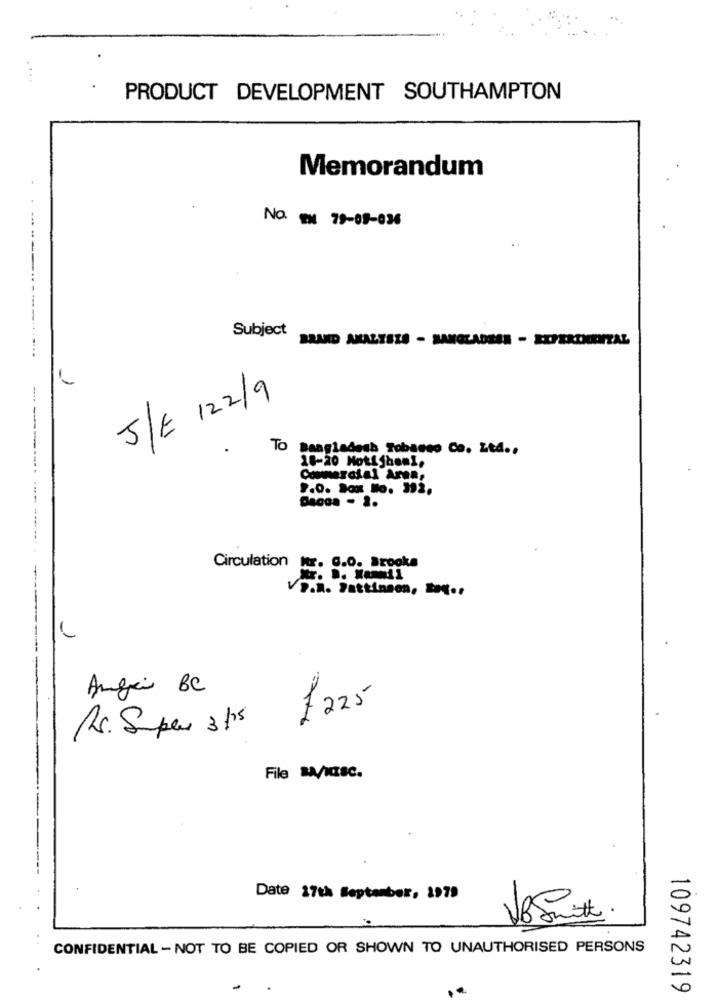
PRODUCT DEVELOPMENT SOUTHAMPTON
Memorandum
No. EN 79-09-036
----------
Subject
BRAND ANALYSIS - BANGLADEEN - EXPERIMENTAL
...
5/E /22/9
TO Bangladesh Tobacco Co. Ltd ..
18-20 Motifhon !.
Commercial Area,
9.0. Sok Ho. 392.
Dacos - 1.
Circulation nr. 6.0. Brooks
P.R. Pattinson, .....
Angie BC
£225
Rs. Super 3hrs
File W/uzsC.
Date 17th September, 1979
VB Smith.
CONFIDENTIAL - NOT TO BE COPIED OR SHOWN TO UNAUTHORISED PERSONS
109742319